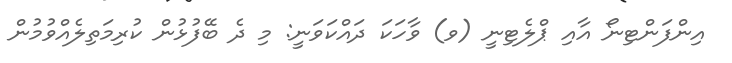
އިންފަންޓިނޯ އާއި ޕްލެޓިނީ (ވ) ވާހަކަ ދައްކަވަނީ: މި ދެ ބޭފުޅުން ކުރިމަތިލެއްވުމުން